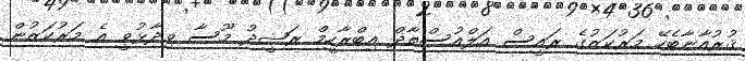
ޤުރުއާނާބެހޭ މަރުކަޒުގެ ރައީސް އަލްއުސްތާޛް އިބްރާހީމް ރަޝީދު މޫސާ ވިދާޅުވީ އެ މަރުކަޒުން